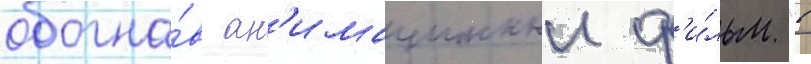
обогна́в ан'имационныи ф'и́льм "в